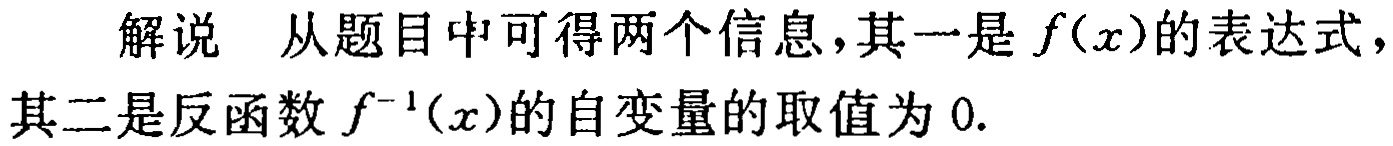
解说 从题目中可得两个信息，其一是 \(f(x)\)的表达式，其二是反函数\(f^{-1}(x)\)的自变量的取值为 \(0\).